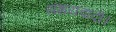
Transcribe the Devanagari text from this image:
संशयवादी।